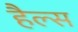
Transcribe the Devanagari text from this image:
हैल्स